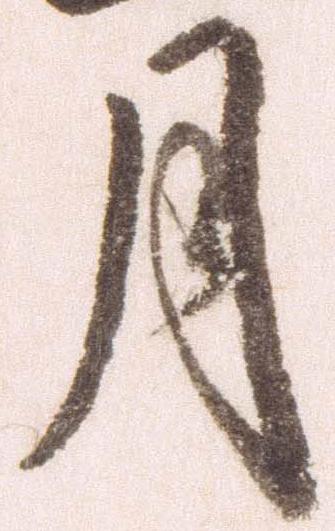
月